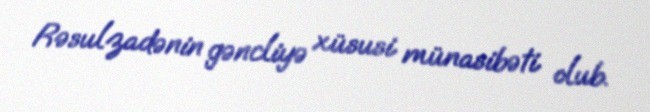
Rəsulzadənin gəncliyə xüsusi münasibəti olub.